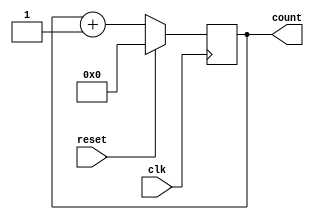
module counter (
    input wire clk,
    input wire reset,
    output reg [7:0] count
);

always @(posedge clk) begin
    if (reset) begin
        count <= 8'h00;
    end else begin
        count <= count + 1;
    end
end

endmodule